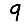
Digit: 9